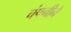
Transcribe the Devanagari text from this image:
चंपनीने